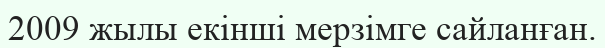
2009 жылы екінші мерзімге сайланған.